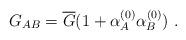
LaTeX: \begin{align*}G_{AB} = \overline G (1 + \alpha^{(0)}_A \alpha^{(0)}_B)\ . \end{align*}